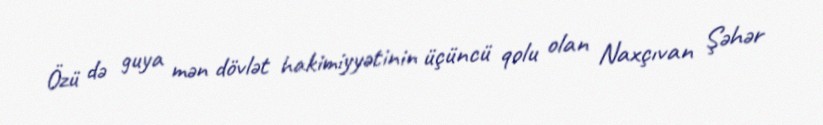
Özü də guya mən dövlət hakimiyyətinin üçüncü qolu olan Naxçıvan Şəhər